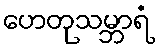
ဟေတုသမ္ဘာရံ